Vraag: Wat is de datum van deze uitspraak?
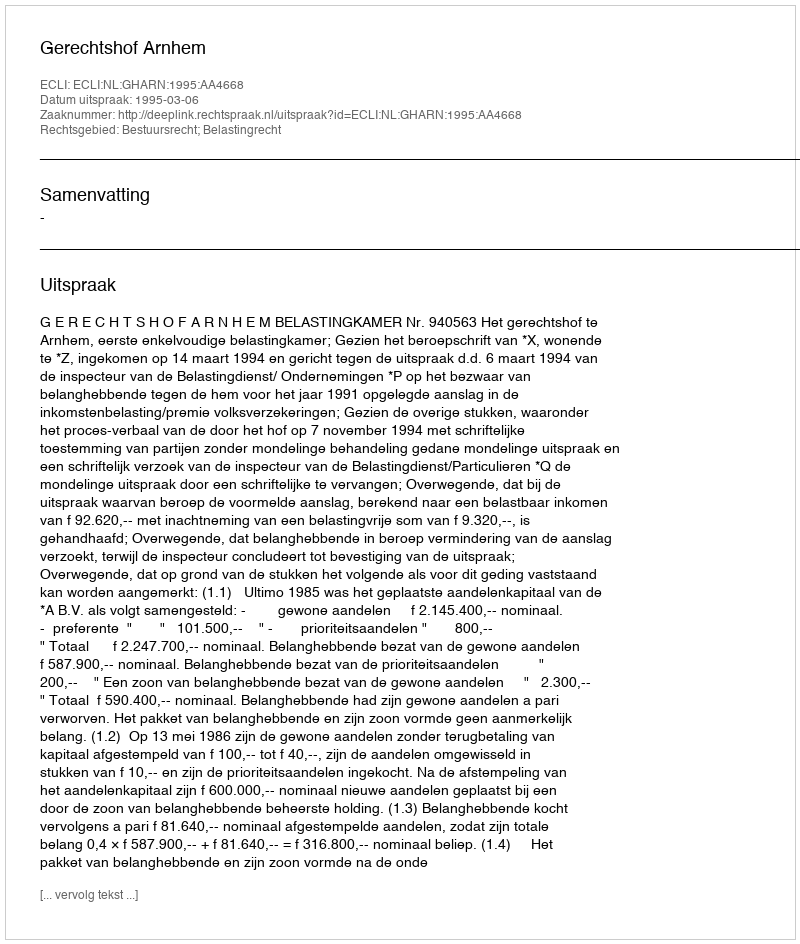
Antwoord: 1995-03-06